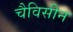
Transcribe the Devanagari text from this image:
चैविसीन